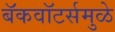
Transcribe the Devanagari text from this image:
बॅकवॉटर्समुळे